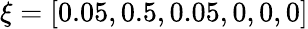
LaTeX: \xi=[0.05,0.5,0.05,0,0,0]